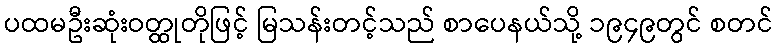
ပထမဦးဆုံးဝတ္ထုတိုဖြင့် မြသန်းတင့်သည် စာပေနယ်သို့ ၁၉၄၉တွင် စတင်